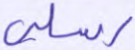
رسلي